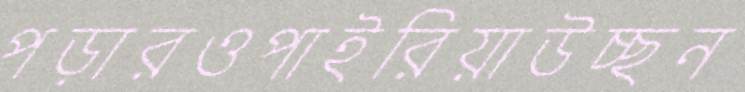
পড়ারওপাইরিয়াউচ্ছন